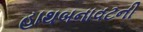
હાથબનાવટની